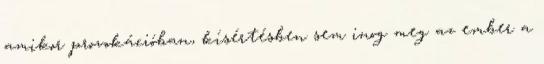
amikor provokációban, kísértésben sem inog meg az ember a